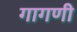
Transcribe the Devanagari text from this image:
गागणी